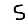
Digit: 5